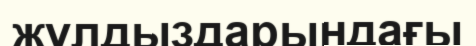
жұлдыздарындағы